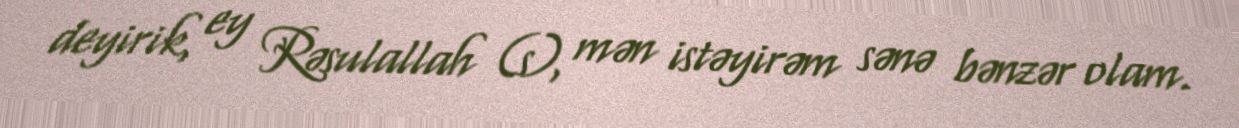
deyirik, ey Rəsulallah (s), mən istəyirəm sənə bənzər olam.